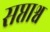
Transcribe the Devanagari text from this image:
सप्ताश्व